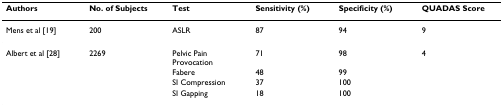
<table><thead><tr><td><b>Authors</b></td><td><b>No. of Subjects</b></td><td><b>Test</b></td><td><b>Sensitivity (%)</b></td><td><b>Specificity (%)</b></td><td><b>QUADAS Score</b></td></tr></thead><tbody><tr><td>Mens et al [19]</td><td>200</td><td>ASLR</td><td>87</td><td>94</td><td>9</td></tr><tr><td>Albert et al [28]</td><td>2269</td><td>Pelvic Pain Provocation</td><td>71</td><td>98</td><td>4</td></tr><tr><td></td><td></td><td>Fabere</td><td>48</td><td>99</td><td></td></tr><tr><td></td><td></td><td>SI Compression</td><td>37</td><td>100</td><td></td></tr><tr><td></td><td></td><td>SI Gapping</td><td>18</td><td>100</td><td></td></tr></tbody></table>